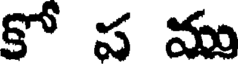
కో ప ము